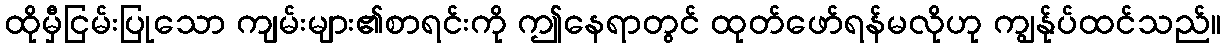
ထိုမှီငြမ်းပြုသော ကျမ်းများ၏စာရင်းကို ဤနေရာတွင် ထုတ်ဖော်ရန်မလိုဟု ကျွန်ုပ်ထင်သည်။